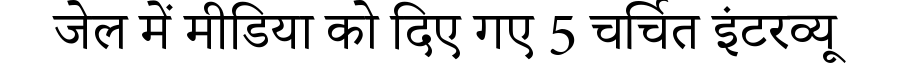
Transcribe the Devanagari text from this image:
जेल में मीडिया को दिए गए 5 चर्चित इंटरव्यू